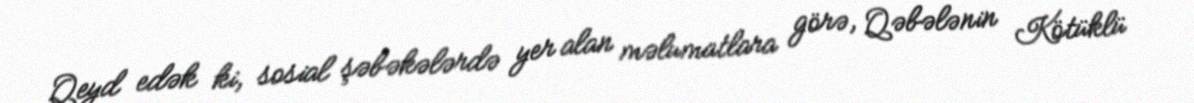
Qeyd edək ki, sosial şəbəkələrdə yer alan məlumatlara görə, Qəbələnin Kötüklü